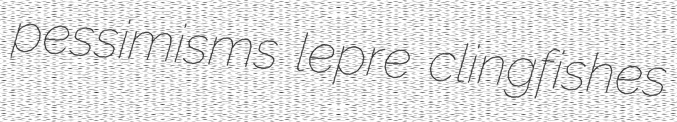
pessimisms lepre clingfishes